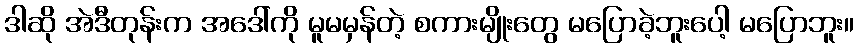
ဒါဆို အဲဒီတုန်းက အဒေါ်ကို မူမမှန်တဲ့ စကားမျိုးတွေ မပြောခဲ့ဘူးပေါ့ မပြောဘူး။